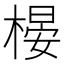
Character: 𣗤